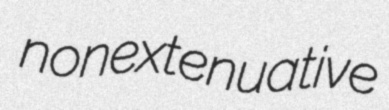
nonextenuative